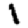
Digit: 1